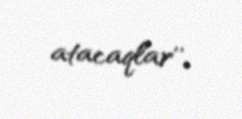
atacaqlar’’.